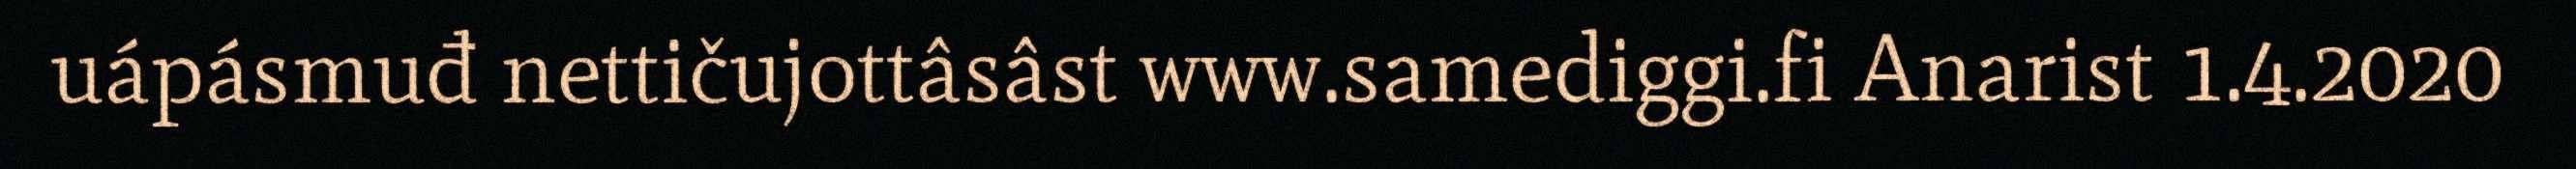
uápásmuđ nettičujottâsâst www.samediggi.fi Anarist 1.4.2020